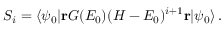
S _ { i } = \langle \psi _ { 0 } | \mathbf { r } G ( E _ { 0 } ) ( H - E _ { 0 } ) ^ { i + 1 } \mathbf { r } | \psi _ { 0 } \rangle \, .